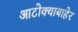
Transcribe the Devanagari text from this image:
आटोक्याबाहेर